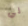
لي